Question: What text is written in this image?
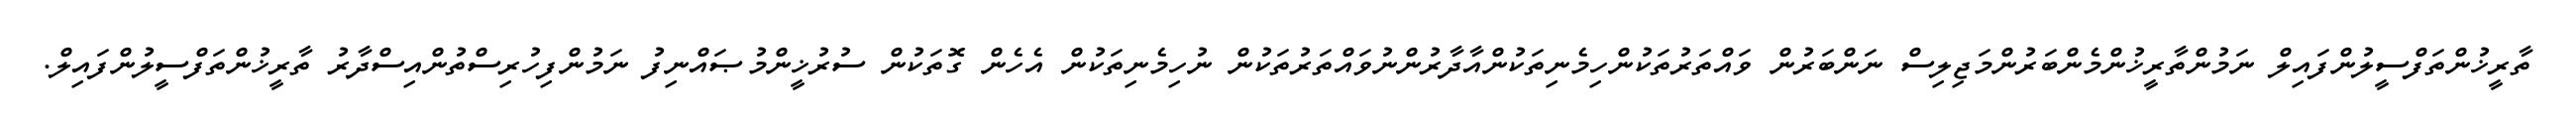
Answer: ތާރީޚުންތަފްސީލުންފައިލް ނަމުންތާރީޚުންމެންބަރުންމަޖިލިސް ނަންބަރުން ވައްތަރުތަކުންހިމެނިތަކުންއާދާރުންނުވައްތަރުތަކުން ނުހިމެނިތަކުން އެހެން ގޮތަކުން ސުރުޚީންމުޞައްނިފު ނަމުންފިހުރިސްތުންއިސްދާރު ތާރީޚުންތަފްސީލުންފައިލް.